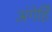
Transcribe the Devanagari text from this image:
अंगेहिँ